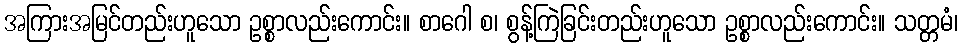
အကြားအမြင်တည်းဟူသော ဥစ္စာလည်းကောင်း။ စာဂေါ စ၊ စွန့်ကြဲခြင်းတည်းဟူသော ဥစ္စာလည်းကောင်း။ သတ္တမံ၊